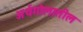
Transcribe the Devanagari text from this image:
अर्धगोलातील